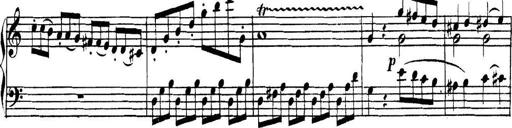
Title: Collected Piano Sonatas
Composer: Muzio Clementi